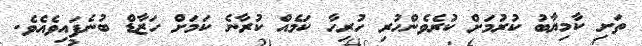
ތަށި ކާމިޔާބު ކުރުމަށް ކުރެވެންހުރި ހުރިހާ ކަމެއް ކުރާނެ ކަމަށް ހަޒާޑް ބުނެފައިވެއެވެ.